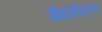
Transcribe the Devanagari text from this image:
औद्यौगीकरण